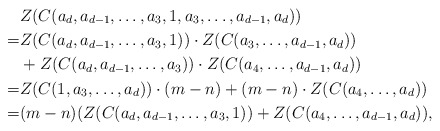
\begin{align*}&Z(C(a_d,a_{d-1},\ldots,a_3,1,a_3,\ldots,a_{d-1},a_d))\\=&Z(C(a_d,a_{d-1},\ldots,a_3,1))\cdot Z(C(a_3,\ldots,a_{d-1},a_d))\\&+Z(C(a_d,a_{d-1},\ldots,a_3))\cdot Z(C(a_4,\ldots,a_{d-1},a_d))\\=&Z(C(1,a_3,\ldots,a_d))\cdot (m-n)+(m-n)\cdot Z(C(a_4,\ldots,a_d))\\=& (m-n)(Z(C(a_d,a_{d-1},\ldots,a_3,1))+ Z(C(a_4,\ldots,a_{d-1},a_d)),\end{align*}